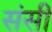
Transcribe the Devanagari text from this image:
संसी